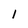
Character: 1